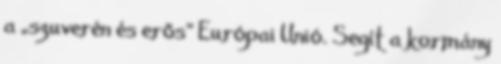
a „szuverén és erős” Európai Unió. Segít a kormány